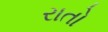
રાતો